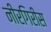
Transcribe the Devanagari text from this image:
नीरगिरीस